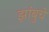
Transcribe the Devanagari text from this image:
झांबुचे